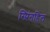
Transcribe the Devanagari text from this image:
स्प्रिंगहिल